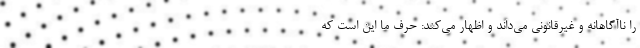
را ناآگاهانه و غیرقانونی می‌داند و اظهار می‌کند: حرف ما این است که